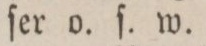
ſer o. ſ. w.